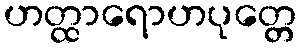
ဟတ္ထာရောဟပုတ္တေ